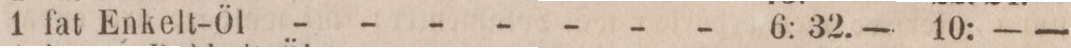
1 fat Enkelt-Öl - - - - - - -    6: 32. —     10: — —